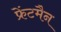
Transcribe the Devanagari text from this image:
फ्रेंटमैन